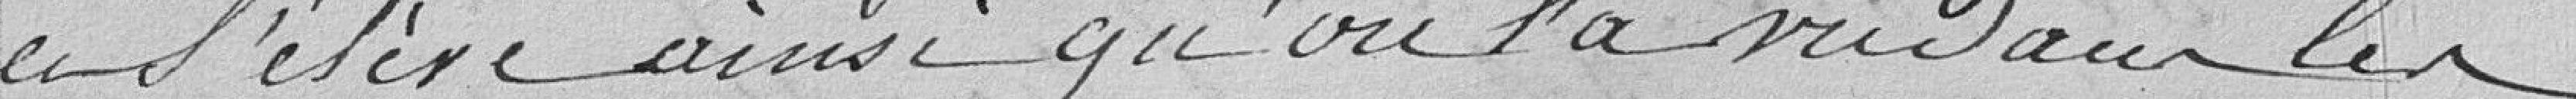
et s'élève ainsi qu'on l'a vu dans les